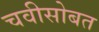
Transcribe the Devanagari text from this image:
चवीसोबत